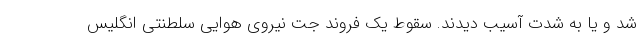
شد و یا به شدت آسیب دیدند. سقوط یک فروند جت نیروی هوایی سلطنتی انگلیس